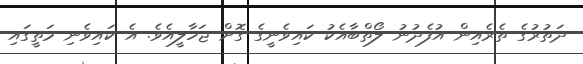
ދަތުރުގެ ތެރެއިން އުފެދުނު ލޯތްބާއެކު ކައިވެނީގެ ގޮށް ޖަހާލީއެވެ. އެ ކައިވެނި މަތީގައި